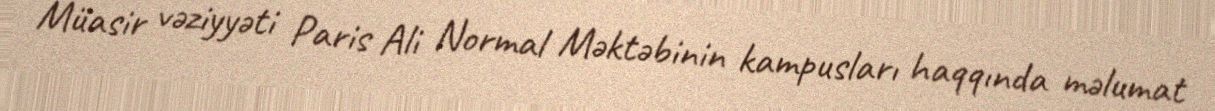
Müasir vəziyyəti Paris Ali Normal Məktəbinin kampusları haqqında məlumat